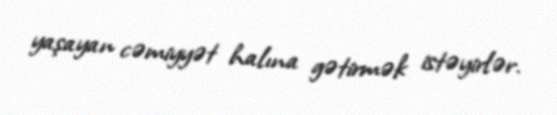
yaşayan cəmiyyət halına gətirmək istəyirlər.